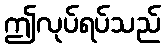
ဤလုပ်ရပ်သည်